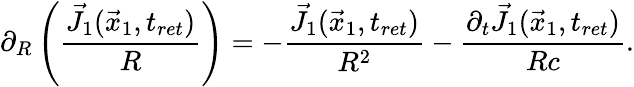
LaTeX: \partial_{R}\left(\frac{\vec{J}_{1}(\vec{x}_{1},t_{ret})}{R}\right)=-\frac{\vec{J}_{1}(\vec{x}_{1},t_{ret})}{R^{2}}-\frac{\partial_{t}\vec{J}_{1}(\vec{x}_{1},t_{ret})}{Rc}.